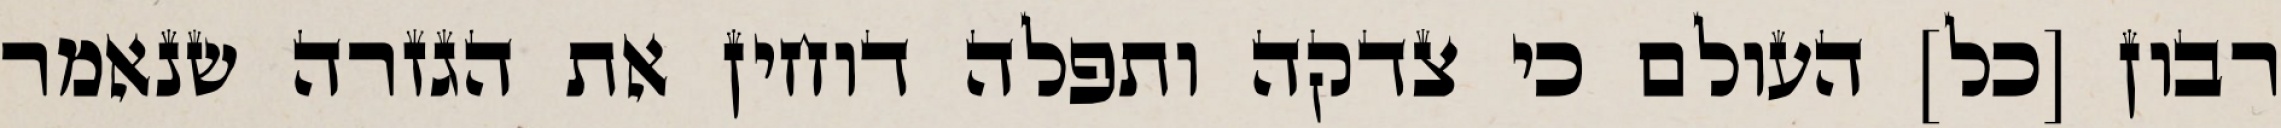
רבון [כל] העולם כי צדקה ותפלה דוחין את הגזרה שנאמר